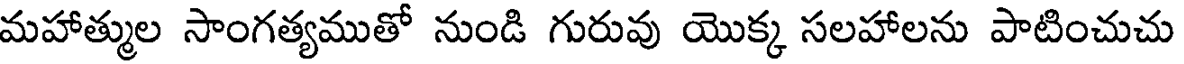
మహాత్ముల సాంగత్యముతో నుండి గురువు యొక్క సలహాలను పాటించుచు